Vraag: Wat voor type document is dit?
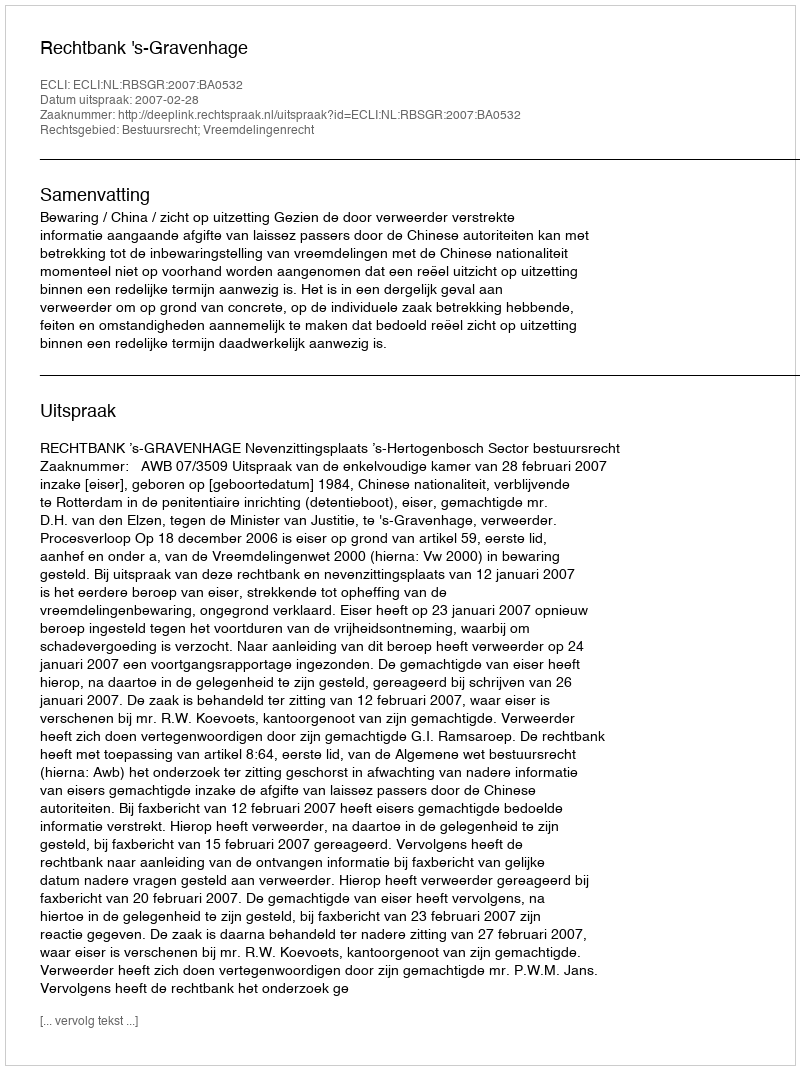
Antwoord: Uitspraak